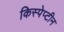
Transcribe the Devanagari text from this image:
किस्पेप्टीन